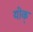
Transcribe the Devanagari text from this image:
योक्